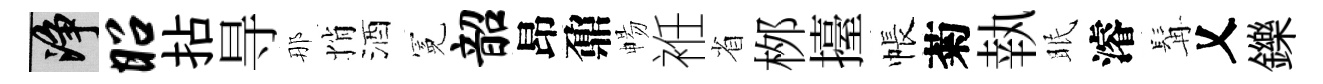
净昭拈㝵那悄酒冕韶昂鼐暢袵省桞擡帳菊執眠濬髯乂鑠